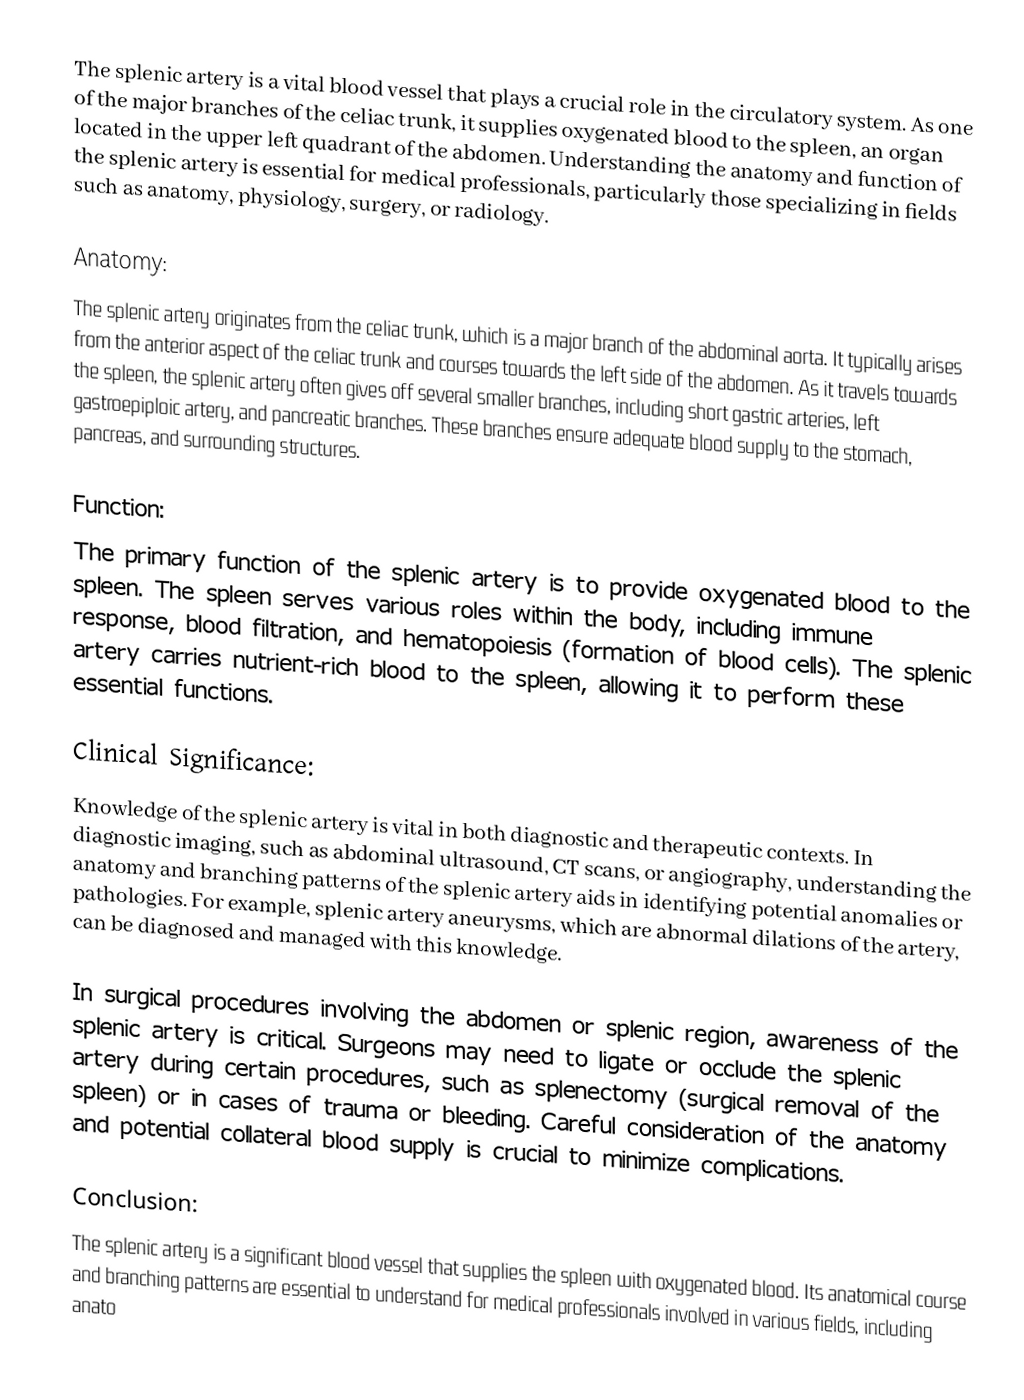
The splenic artery is a vital blood vessel that plays a crucial role in the circulatory system. As one of the major branches of the celiac trunk, it supplies oxygenated blood to the spleen, an organ located in the upper left quadrant of the abdomen. Understanding the anatomy and function of the splenic artery is essential for medical professionals, particularly those specializing in fields such as anatomy, physiology, surgery, or radiology.

Anatomy:
The splenic artery originates from the celiac trunk, which is a major branch of the abdominal aorta. It typically arises from the anterior aspect of the celiac trunk and courses towards the left side of the abdomen. As it travels towards the spleen, the splenic artery often gives off several smaller branches, including short gastric arteries, left gastroepiploic artery, and pancreatic branches. These branches ensure adequate blood supply to the stomach, pancreas, and surrounding structures.

Function:
The primary function of the splenic artery is to provide oxygenated blood to the spleen. The spleen serves various roles within the body, including immune response, blood filtration, and hematopoiesis (formation of blood cells). The splenic artery carries nutrient-rich blood to the spleen, allowing it to perform these essential functions.

Clinical Significance:
Knowledge of the splenic artery is vital in both diagnostic and therapeutic contexts. In diagnostic imaging, such as abdominal ultrasound, CT scans, or angiography, understanding the anatomy and branching patterns of the splenic artery aids in identifying potential anomalies or pathologies. For example, splenic artery aneurysms, which are abnormal dilations of the artery, can be diagnosed and managed with this knowledge.

In surgical procedures involving the abdomen or splenic region, awareness of the splenic artery is critical. Surgeons may need to ligate or occlude the splenic artery during certain procedures, such as splenectomy (surgical removal of the spleen) or in cases of trauma or bleeding. Careful consideration of the anatomy and potential collateral blood supply is crucial to minimize complications.

Conclusion:
The splenic artery is a significant blood vessel that supplies the spleen with oxygenated blood. Its anatomical course and branching patterns are essential to understand for medical professionals involved in various fields, including anato